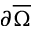
\partial \overline { \Omega }